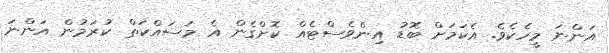
އަންނަ މީހެކެވެ. އެކަމަށް ބޮޑު އިންވެސްޓެއް ކޮށްގެން އެ މަސައްކަތް ކުރަމުން އަންނަ